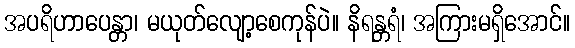
အပရိဟာပေန္တာ၊ မယုတ်လျော့စေကုန်ပဲ။ နိရန္တရံ၊ အကြားမရှိအောင်။